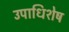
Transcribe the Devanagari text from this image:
उपाधिशेष